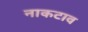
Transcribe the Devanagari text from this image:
नाकटाव